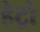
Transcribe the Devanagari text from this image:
हेट्रो